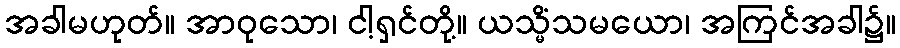
အခါမဟုတ်။ အာဝုသော၊ ငါ့ရှင်တို့။ ယသ္မိံသမယော၊ အကြင်အခါ၌။